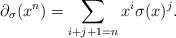
\begin{align*} \partial_{\sigma} (x^{n} ) = \sum_{i+j+1=n} x^i\sigma(x)^{j}.\end{align*}